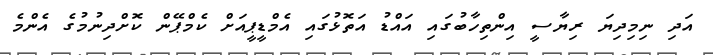
އަދި ނިމިދިޔަ ރިޔާސީ އިންތިހާބުގައި އައްޑު އަތޮޅުގައި އެމްޑީޕީއަށް ކެމްޕޭން ކޮށްދިނުމުގެ އެންމެ